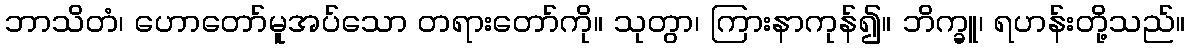
ဘာသိတံ၊ ဟောတော်မူအပ်သော တရားတော်ကို။ သုတွာ၊ ကြားနာကုန်၍။ ဘိက္ခူ၊ ရဟန်းတို့သည်။